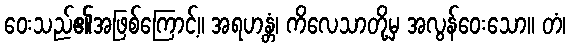
ဝေးသည်၏အဖြစ်ကြောင့်။ အရဟန္တံ၊ ကိလေသာတို့မှ အလွန်ဝေးသော။ တံ၊